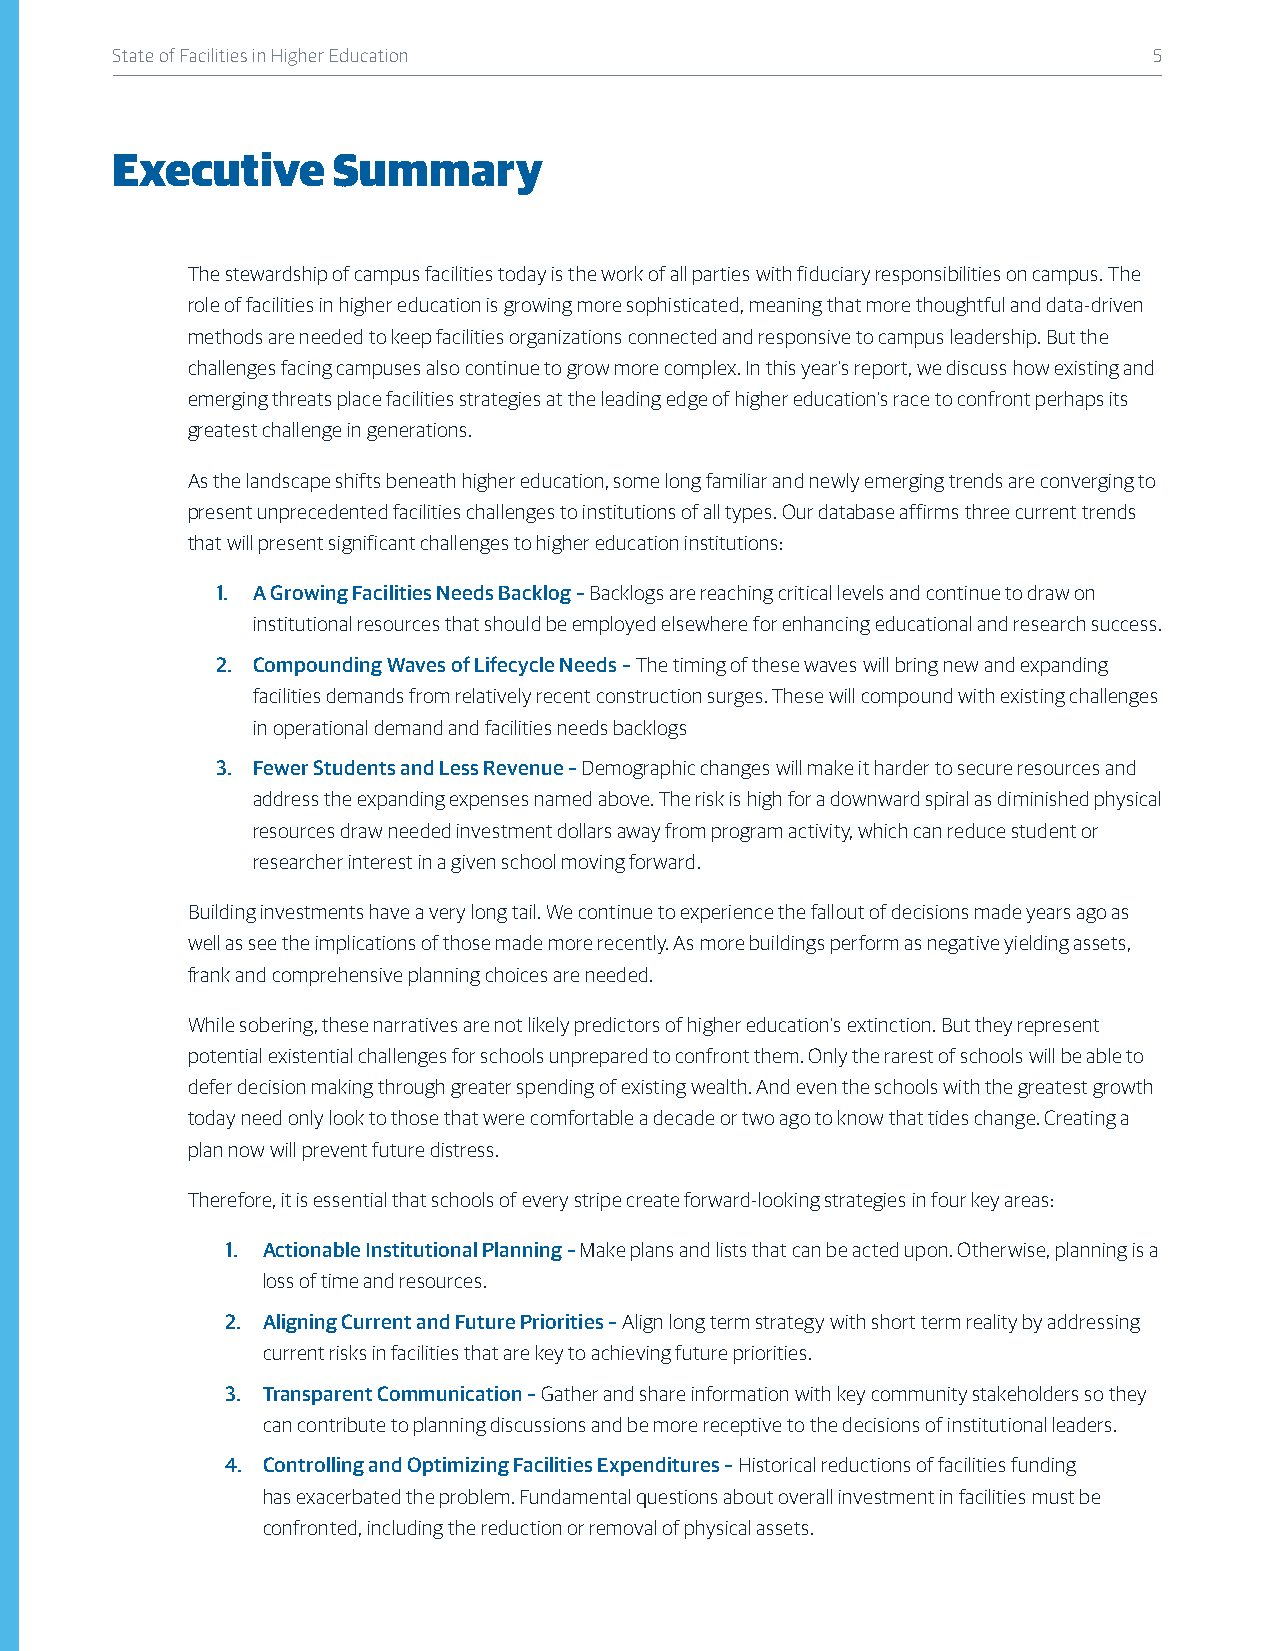
State of Facilities in Higher Education                              5
 Executive      Summary
 The stewardship of campus facilities today is the work of all parties with fiduciary responsibilities on campus. The
 role of facilities in higher education is growing more sophisticated, meaning that more thoughtful and data-driven
 methods are needed to keep facilities organizations connected and responsive to campus leadership. But the
 challenges facing campuses also continue to grow more complex. In this year’s report, we discuss how existing and
 emerging threats place facilities strategies at the leading edge of higher education’s race to confront perhaps its
 greatest challenge in generations.
 As the landscape shifts beneath higher education, some long familiar and newly emerging trends are converging to
 present unprecedented facilities challenges to institutions of all types. Our database affirms three current trends
 that will present significant challenges to higher education institutions:
 1. A Growing Facilities Needs Backlog – Backlogs are reaching critical levels and continue to draw on
 institutional resources that should be employed elsewhere for enhancing educational and research success.
 2. Compounding Waves of Lifecycle Needs – The timing of these waves will bring new and expanding
 facilities demands from relatively recent construction surges. These will compound with existing challenges
 in operational demand and facilities needs backlogs
 3. Fewer Students and Less Revenue – Demographic changes will make it harder to secure resources and
 address the expanding expenses named above. The risk is high for a downward spiral as diminished physical
 resources draw needed investment dollars away from program activity, which can reduce student or
 researcher interest in a given school moving forward.
 Building investments have a very long tail. We continue to experience the fallout of decisions made years ago as
 well as see the implications of those made more recently. As more buildings perform as negative yielding assets,
 frank and comprehensive planning choices are needed.
 While sobering, these narratives are not likely predictors of higher education’s extinction. But they represent
 potential existential challenges for schools unprepared to confront them. Only the rarest of schools will be able to
 defer decision making through greater spending of existing wealth. And even the schools with the greatest growth
 today need only look to those that were comfortable a decade or two ago to know that tides change. Creating a
 plan now will prevent future distress.
 Therefore, it is essential that schools of every stripe create forward-looking strategies in four key areas:
 1. Actionable Institutional Planning – Make plans and lists that can be acted upon. Otherwise, planning is a
 loss of time and resources.
 2. Aligning Current and Future Priorities – Align long term strategy with short term reality by addressing
 current risks in facilities that are key to achieving future priorities.
 3. Transparent Communication – Gather and share information with key community stakeholders so they
 can contribute to planning discussions and be more receptive to the decisions of institutional leaders.
 4. Controlling and Optimizing Facilities Expenditures – Historical reductions of facilities funding
 has exacerbated the problem. Fundamental questions about overall investment in facilities must be
 confronted, including the reduction or removal of physical assets.